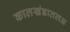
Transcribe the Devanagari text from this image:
कालखंडातलअ